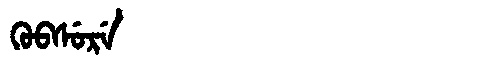
Manchu: ᡴᡠᠪᠰᡠᡵᡝ
Romanization: KUBSURE